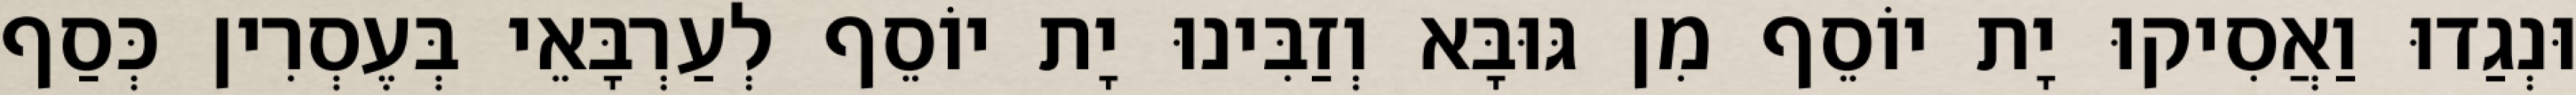
וּנְגַדוּ וַאֲסִיקוּ יָת יוֹסֵף מִן גּוּבָּא וְזַבִּינוּ יָת יוֹסֵף לְעַרְבָּאֵי בְּעֶסְרִין כְּסַף